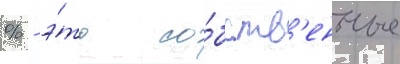
% - э́то со́бств'енные